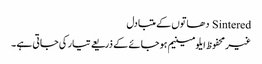
Sintered دھاتوں کے متبادل
غیرمحفوظ ایلومینیم ہوجائے کے ذریعے تیار کی جاتی ہے ۔